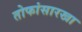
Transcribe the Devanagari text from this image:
तोफांसारखा